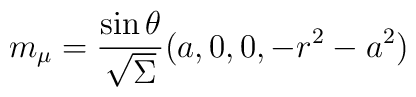
m_\mu =\frac{\sin\theta}{\sqrt{\Sigma}}(a,0,0, -r^2 -a^2)